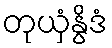
တုယှံနွိဒံ